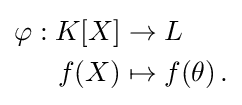
{\begin{aligned}\varphi :K[X]&\rightarrow L\\f(X)&\mapsto f(\theta )\,.\end{aligned}}